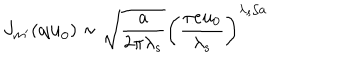
LaTeX: J _ { m ^ { \prime } } ( { \bf q u } _ { 0 } ) \sim \sqrt { \frac { a } { 2 \pi \lambda _ { s } } } \left( \frac { \pi e u _ { 0 } } { \lambda _ { s } } \right) ^ { \lambda _ { s } / a }